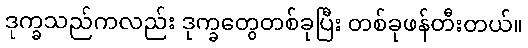
ဒုက္ခသည်ကလည်း ဒုက္ခတွေတစ်ခုပြီး တစ်ခုဖန်တီးတယ်။